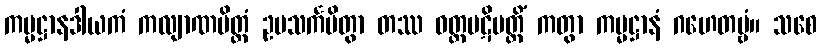
ကမ္မဋ္ဌာနဒါယကံ ကလျာဏမိတ္တံ ဥပသင်္ကမိတွာ တဿ ဝတ္တပဋိပတ္တိံ ကတွာ ကမ္မဋ္ဌာနံ ဂဟေတဗ္ဗံ။ သစေ